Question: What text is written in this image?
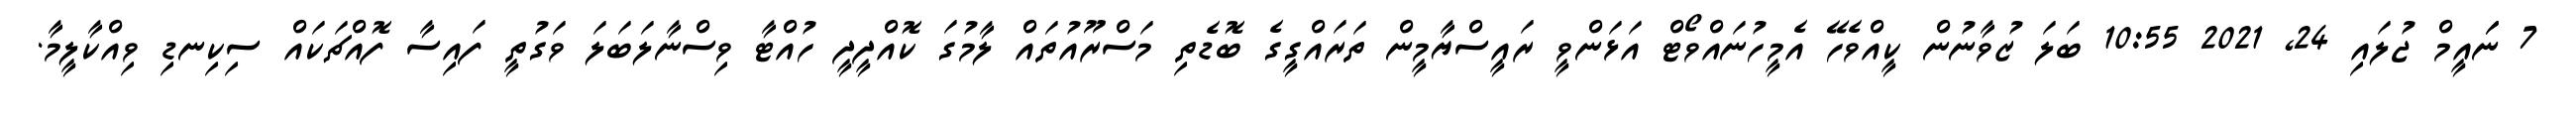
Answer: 7 ނަައީމް ޖުލައި 24, 2021 10:55 ބަލަ ޒުވާނުން ކީއްވެހޭ އެމީހުނައްވޯޓް އަޅަންވީ ރައީސްޔާމީން ތަރައްގީގެ ބޮޑެތި މަސްރޫއުތައް ލާމުގަ ކޮއްދީދީ ހުއްޓާ ވިސްނާލަބަލަ ވަގުތީ ފައިސާ ފޮއްޗަކައް ސިކިނޑި ވިއްކާލީމާ.